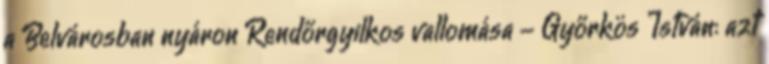
a Belvárosban nyáron Rendőrgyilkos vallomása - Győrkös István: azt